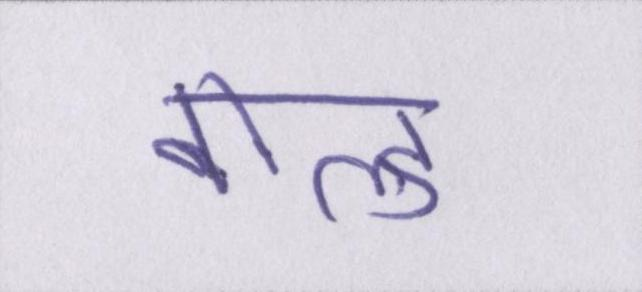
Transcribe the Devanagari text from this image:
बोल्ड